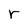
Character: r